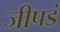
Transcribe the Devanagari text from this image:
जीपडं